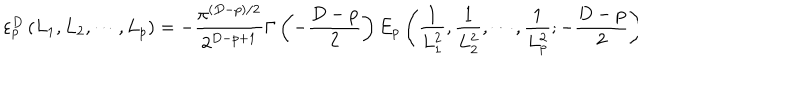
LaTeX: \varepsilon _ { p } ^ { D } \left( L _ { 1 } , L _ { 2 } , \cdots , L _ { p } \right) = - \frac { \pi ^ { ( D - p ) / 2 } } { 2 ^ { D - p + 1 } } \Gamma \left( - \frac { D - p } { 2 } \right) E _ { p } \left( \frac { 1 } { L _ { 1 } ^ { 2 } } , \frac { 1 } { L _ { 2 } ^ { 2 } } , \cdots , \frac { 1 } { L _ { p } ^ { 2 } } ; - \frac { D - p } { 2 } \right) \hspace { 3 c m }